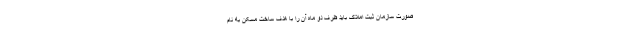
صورت سازمان ثبت املاک باید ظرف دو ماه آن را با هدف ساخت مسکن به نام